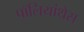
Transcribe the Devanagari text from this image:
पॉलियांथेस